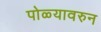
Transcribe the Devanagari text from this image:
पोळ्यावरुन